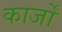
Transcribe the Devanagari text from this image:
कार्जों